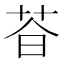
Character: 𬜩